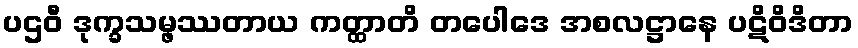
ပဌဝီ ဒုက္ခသမ္ဖဿတာယ ကတ္ထာတိ တပေါဒေ အစလဋ္ဌာနေ ပဋိဝိဒိတာ